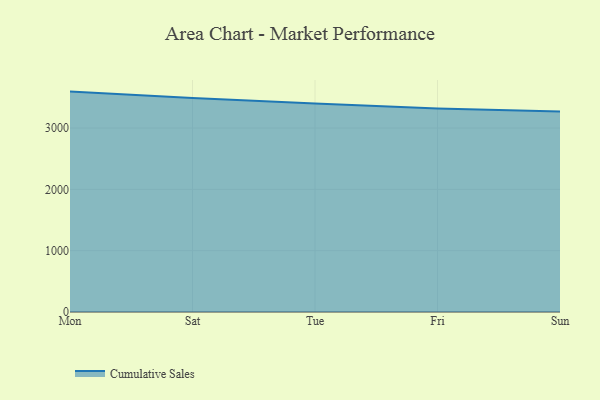
{"axis": {"x": "Day", "y": "Revenue (USD Million)"}, "legend": ["Cumulative Sales"], "data": [{"x": "Mon", "y": 3593.9, "type": "Cumulative Sales"}, {"x": "Sat", "y": 3488.2, "type": "Cumulative Sales"}, {"x": "Tue", "y": 3401.2, "type": "Cumulative Sales"}, {"x": "Fri", "y": 3319.5, "type": "Cumulative Sales"}, {"x": "Sun", "y": 3268.4, "type": "Cumulative Sales"}]}